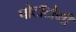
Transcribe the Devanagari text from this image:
पोटॉटोमी